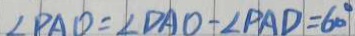
\angle P A D = \angle D A O = \angle P A D = 6 0 ^ { \circ }